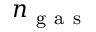
n _ { \mathrm { ~ g ~ a ~ s ~ } }